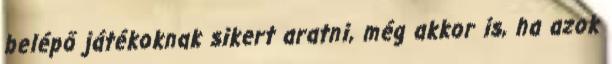
belépő játékoknak sikert aratni, még akkor is, ha azok